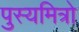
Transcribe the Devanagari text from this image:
पुस्यमित्रो